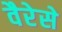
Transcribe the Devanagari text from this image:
वैरेसे